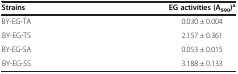
| Strains | EG activities (A590)a |
 | --- | --- |
 | BY-EG-TA | 0.030 ± 0.004 |
 | BY-EG-TS | 2.157 ± 0.361 |
 | BY-EG-SA | 0.053 ± 0.015 |
 | BY-EG-SS | 3.188 ± 0.133 |